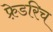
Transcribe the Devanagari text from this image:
फ़्रेडरिच